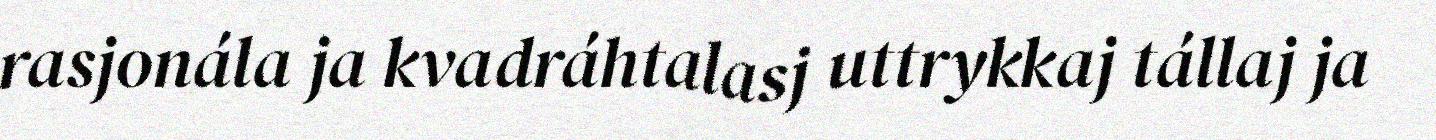
rasjonála ja kvadráhtalasj uttrykkaj tállaj ja